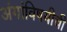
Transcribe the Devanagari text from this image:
अंगांविषयीची